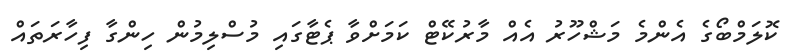
ކޮލަމްބޯގެ އެންމެ މަޝްހޫރު އެއް މާރުކޭޓް ކަމަށްވާ ޕެޓާގައި މުސްލިމުން ހިންގާ ފިހާރަތައް